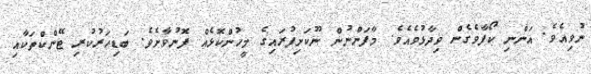
ނުވިއެވެ. އަންނި ކޯފާވެގެން ވިދާޅުވެއެވެ. މާފަންނުން ނޫކަށިފުރައިގެ މީހުންކޮޅެއް ފޮނުވާށެވެ. ބަޑިހަރުކުރި ޓޭންކްތަކާއި